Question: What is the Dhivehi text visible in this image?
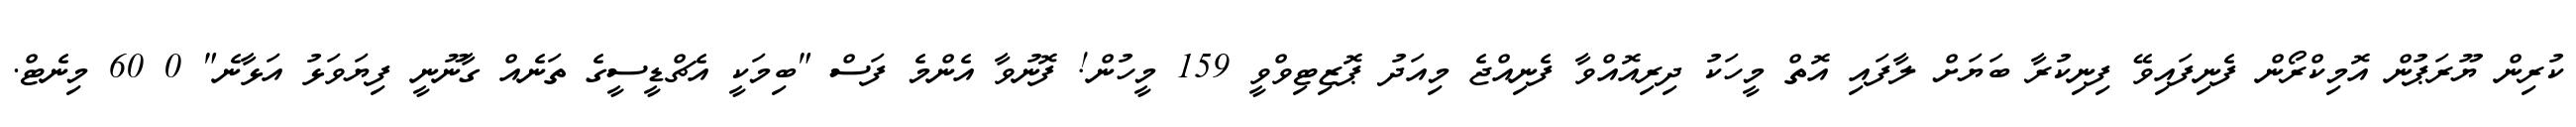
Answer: ކުރިން ޔޫރަޕުން އޮމިކްރޯން ފެނިފައިވޭ ފިނިކުރާ ބަޔަށް ލާފައި އޮތް މީހަކު ދިރިއޮއްވާ ފެނިއްޖެ މިއަދު ޕޮޒިޓިވްވީ 159 މީހުން! ފޮނުވާ އެންމެ ފަސް "ބިމަކީ އެޗްޑީސީގެ ތަނެއް ގާނޫނީ ފިޔަވަޅު އަޅާނެ" 0 60 މިނެޓް.